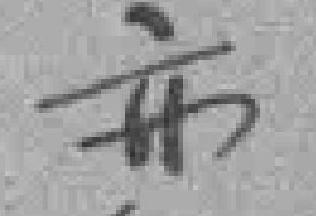
亦